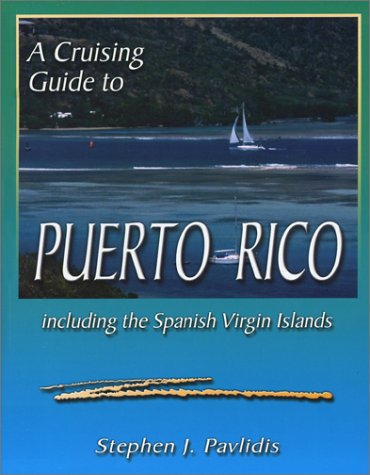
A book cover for A Cruising Guide to Puerto Rico: Including the Spanish Virgin Islands; Stephen J. Pavlidis; Travel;